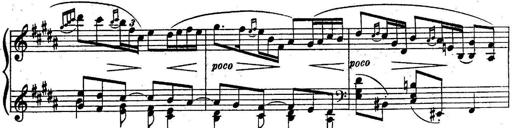
Title: Sonatine
Composer: Adrian Shaposhnikov
Key: E minor